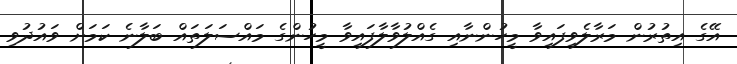
އޭގެ އިތުރުން މަރާލެވިފައިވާ މީހުންނާއި ގެއްލުވާލާފައިވާ މީހުންގެ މައްސަލަތައް ބަލާނެ ކަމަށް ވައުދުވި